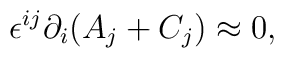
\epsilon^{ij}\partial_i(A_j+C_j)\approx 0,